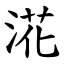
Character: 㳸